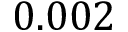
0 . 0 0 2